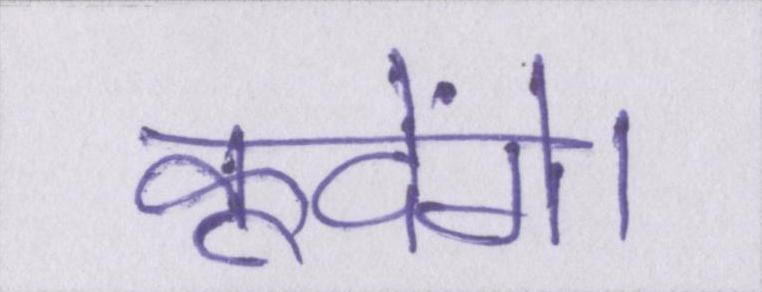
कूदेंगे।